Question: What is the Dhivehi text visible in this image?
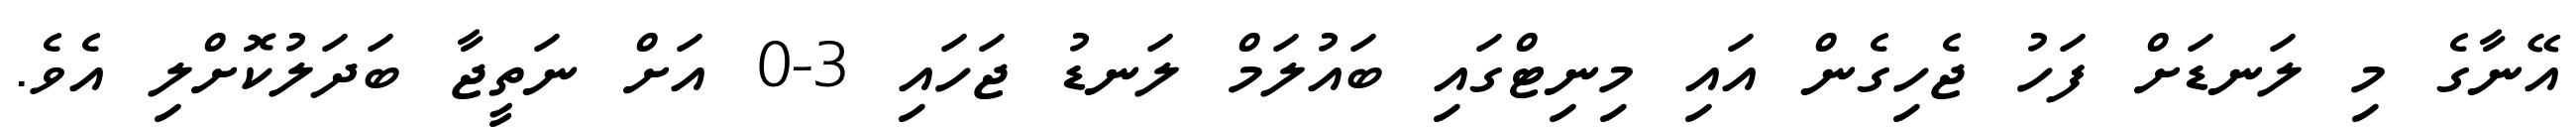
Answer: އޭނާގެ މި ލަނޑަށް ފަހު ޖެހިގެން އައި މިނިޓްގައި ބައުލަމް ލަނޑު ޖަހައި 3-0 އަށް ނަތީޖާ ބަދަލުކޮށްލި އެވެ.